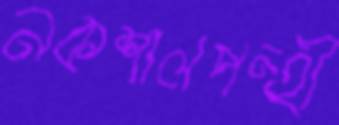
নকশালপন্হী